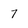
Character: 7